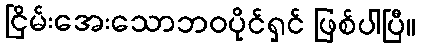
ငြိမ်းအေးသောဘဝပိုင်ရှင် ဖြစ်ပါပြီ။